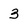
Character: 3